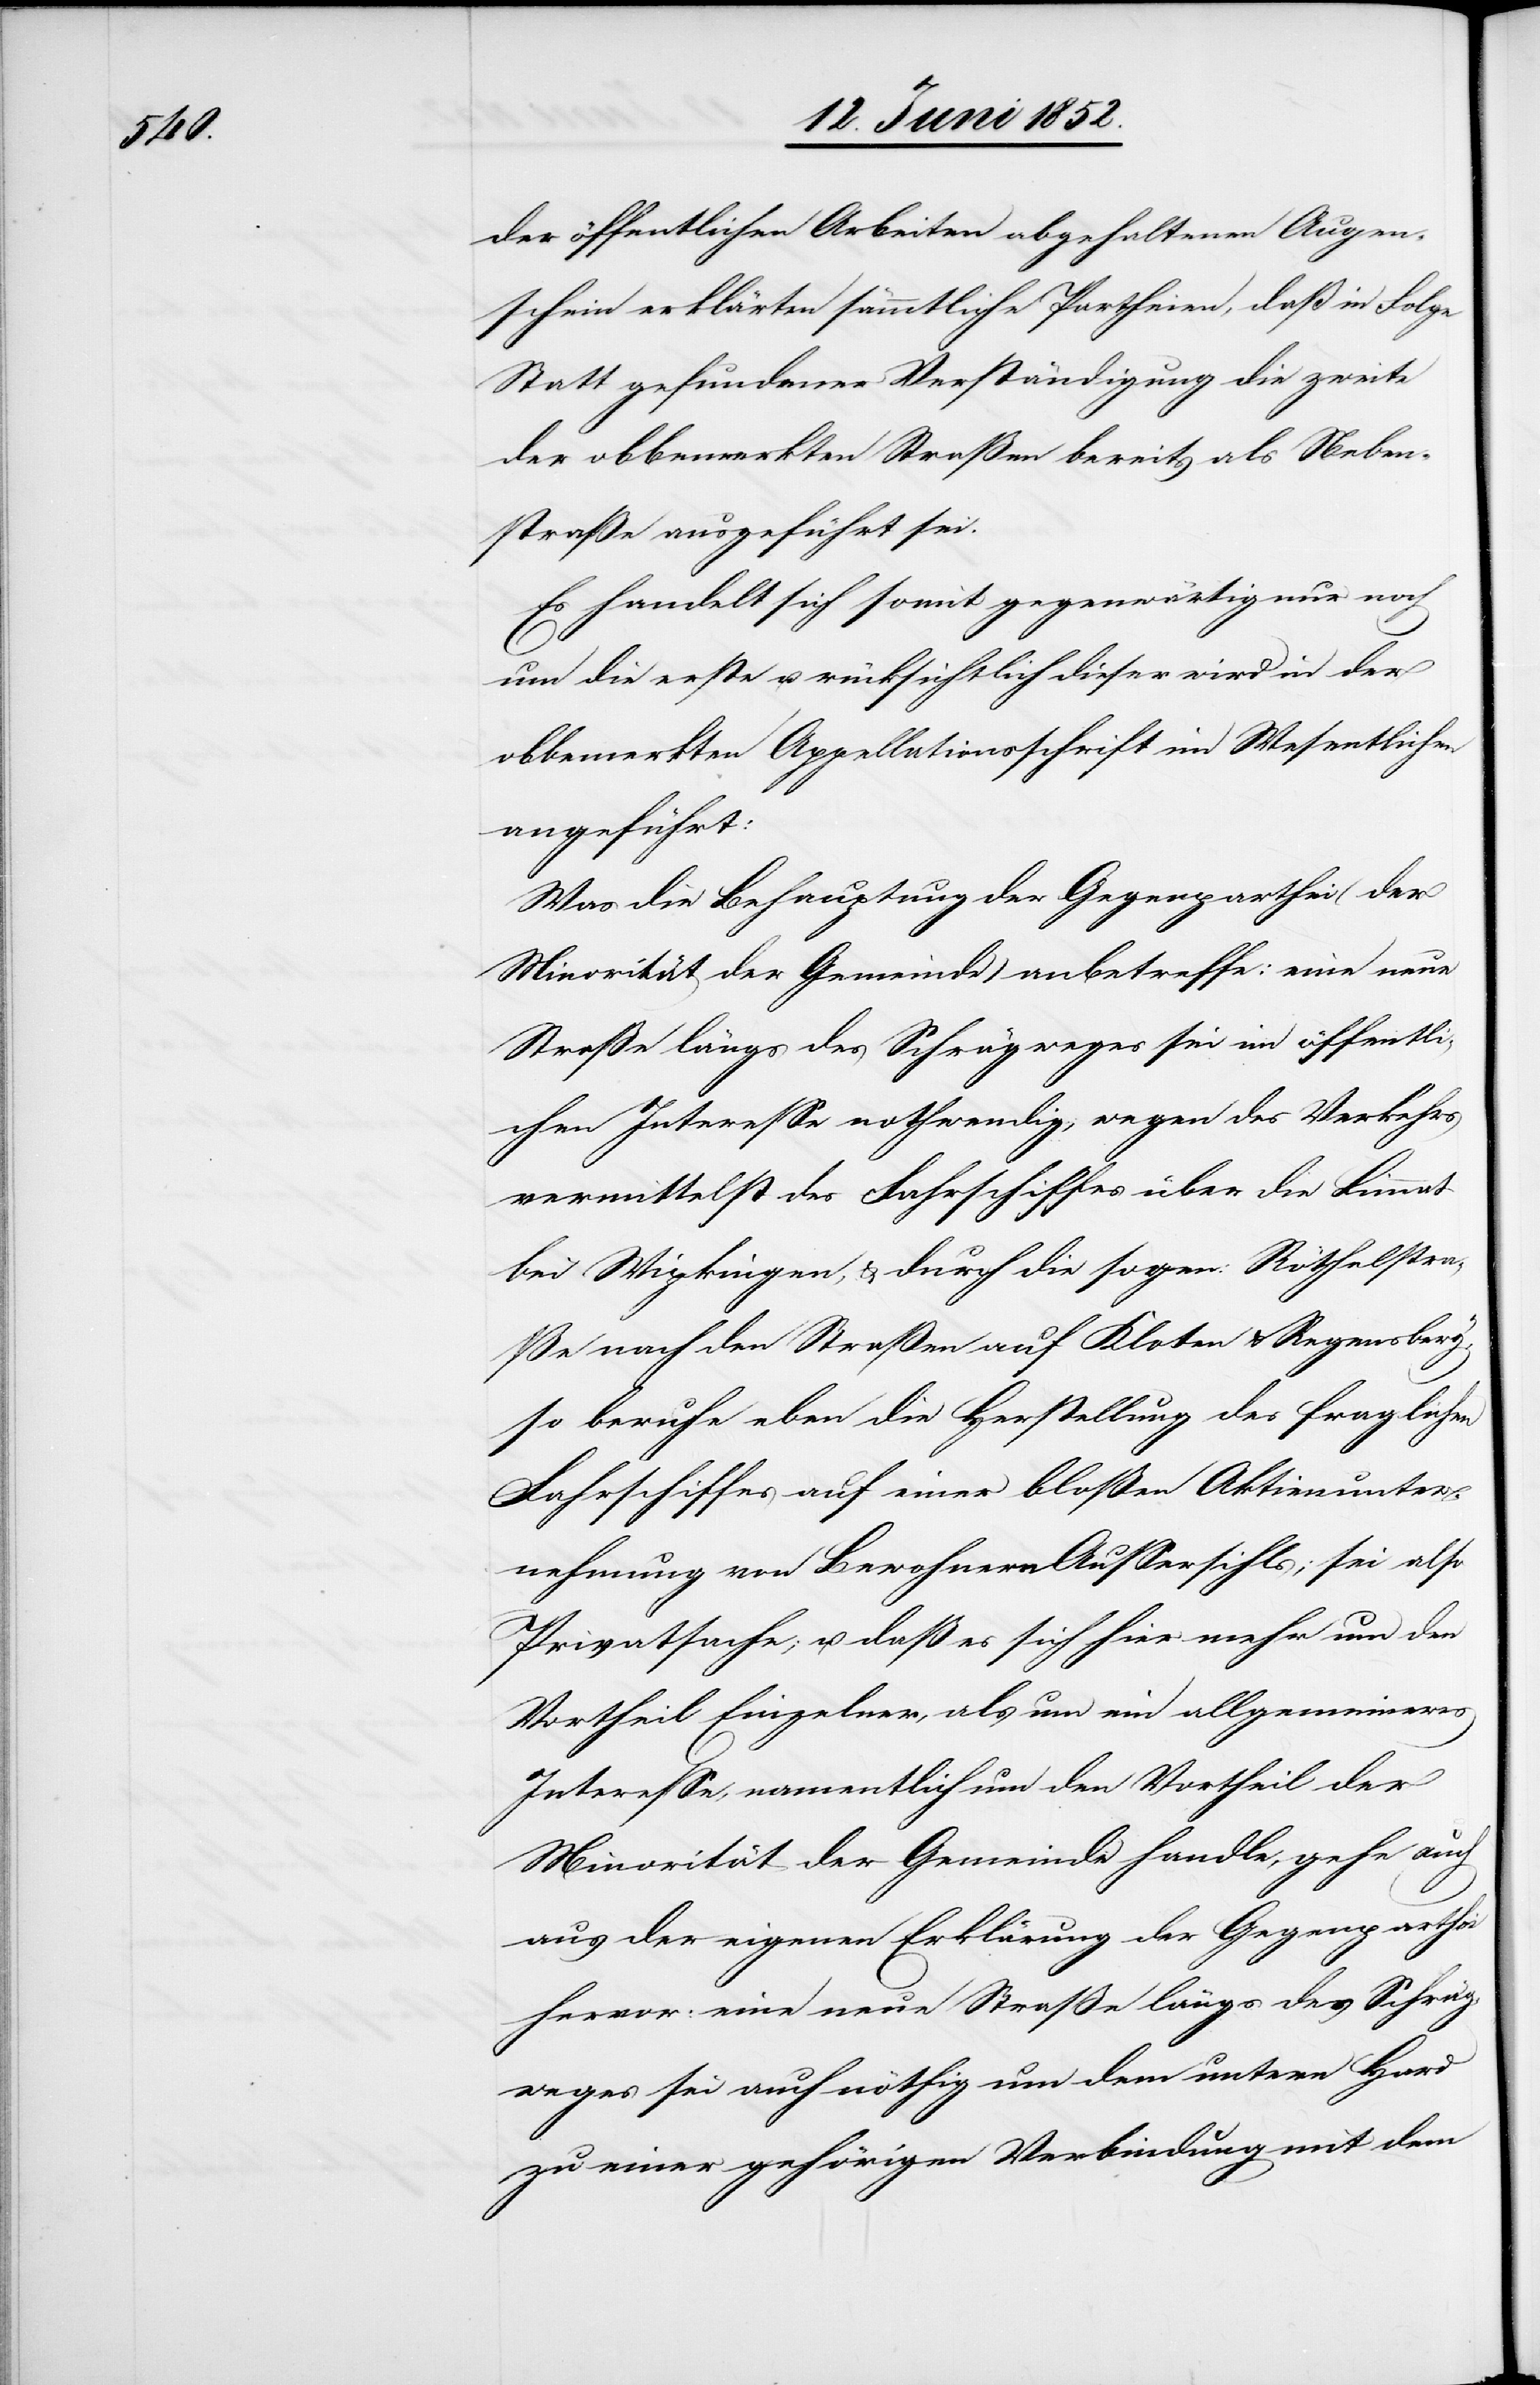
der öffentlichen Arbeiten abgehaltenen Augen¬
schein erklärten sämmtliche Partheien, daß in Folge
Statt gefundener Verständigung die zweite
der obbemerkten Straßen bereits als Neben¬
straße ausgeführt sei.
Es handelt sich somit gegenwärtig nur noch
um die erste u. rücksichtlich dieser wird in der
obbemerkten Appellationsschrift im Wesentlichen
angeführt:
Was die Behauptung der Gegenparthei (der
Minorität der Gemeinde) anbetreffe: [„]eine neue
Straße längs des Schrägweges sei im öffentli¬
chen Interesse nothwendig; wegen des Verkehrs
vermittelst des Fahrschiffes über die Limmat
bei Wipkingen, & durch die sogen: Röthelstra¬
ße nach den Straßen auf Kloten & Regensberg“,
so beruhe eben die Herstellung des fraglichen
Fahrschiffes auf einer bloßen Aktienunter¬
nehmung von Bewohnern Aussersihls; sei also
Privatsache; u. daß es sich hier mehr um den
Vortheil Einzelner, als um ein allgemeineres
Interesse, namentlich um den Vortheil der
Minorität der Gemeinde handle, gehe auch
aus der eigenen Erklärung der Gegenparthei
hervor: [„]eine neue Straße längs des Schräg¬
weges sei auch nöthig um dem untern Hard
zu einer gehörigen Verbindung mit dem